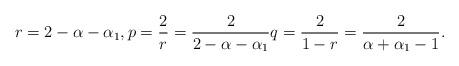
LaTeX: \begin{align*}r= 2-\alpha-\alpha_1, p=\frac{2}{r}=\frac{2}{2-\alpha-\alpha_1} q= \frac{2}{1-r}=\frac{2}{\alpha+\alpha_1-1}.\end{align*}